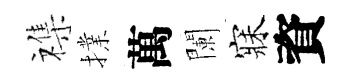
襍擈萬闌寐資